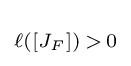
\scriptstyle \ell \left(\left[J_{F}\right]\right)\,>\,0